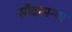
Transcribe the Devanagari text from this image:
सौदामन्या